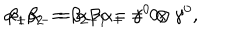
{ \alpha } _ { + } { \alpha } _ { - } = { \alpha } _ { - } { \alpha } _ { + } = 0 , \hspace { 5 m m } { \beta } _ { 1 } { \beta } _ { 2 } = { \beta } _ { 2 } { \beta } _ { 1 } = { \gamma } ^ { 0 } \otimes { \gamma } ^ { 0 } ,